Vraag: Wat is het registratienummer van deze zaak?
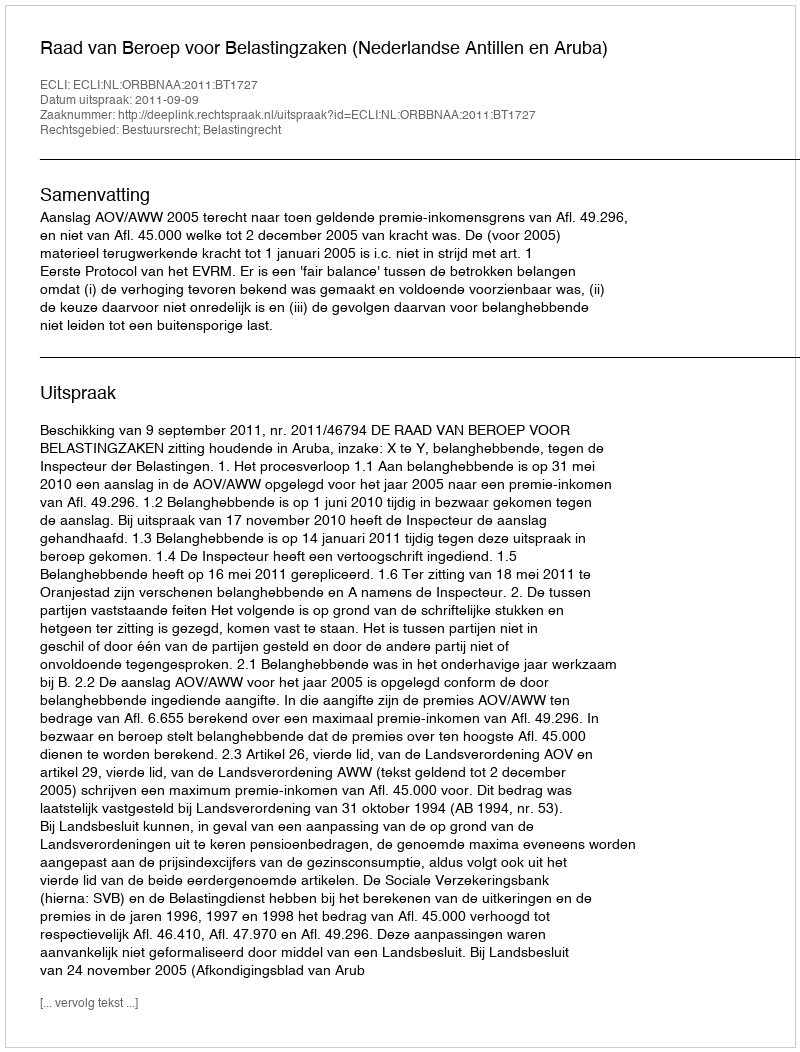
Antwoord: http://deeplink.rechtspraak.nl/uitspraak?id=ECLI:NL:ORBBNAA:2011:BT1727